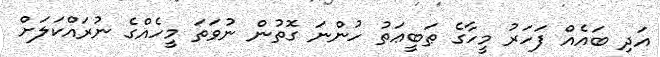
އަދި ބައެއް ފަހަރު މީހާގެ ޠަބީޢަތު ހުންނަ ގޮތުން ނުވަތަ މީހެއްގެ ނުރައްކަލަށް